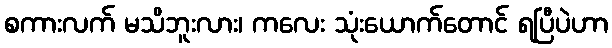
စကားလက် မသိဘူးလား၊ ကလေး သုံးယောက်တောင် ရပြီပဲဟာ